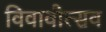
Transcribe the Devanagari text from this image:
विवावोत्सव